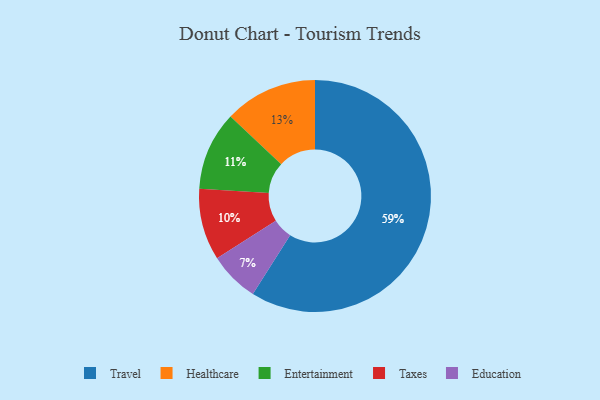
{"axis": {"x": "Category", "y": "Percentage"}, "legend": ["Education", "Entertainment", "Healthcare", "Taxes", "Travel"], "data": [{"x": "Taxes", "y": 10, "type": "Taxes"}, {"x": "Entertainment", "y": 11, "type": "Entertainment"}, {"x": "Travel", "y": 59, "type": "Travel"}, {"x": "Healthcare", "y": 13, "type": "Healthcare"}, {"x": "Education", "y": 7, "type": "Education"}]}